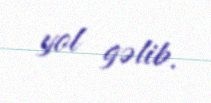
yol gəlib.